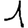
Digit: 1